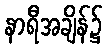
နာရီအချိန်၌